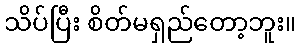
သိပ်ပြီး စိတ်မရှည်တော့ဘူး။